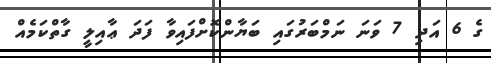
ގެ 6 އަދި 7 ވަނަ ނަމްބަރުގައި ބަޔާންކޮށްފައިވާ ފަދަ ޢާއިލީ ގާތްކަމެއް